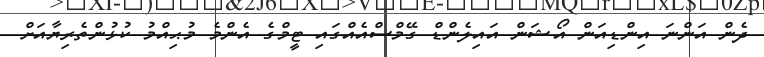
ދެން އަންނަ އިންޑިއަން އޯޝަން އައިލެންޑް ގޭމްސްއެއްގައި ޓީމްގެ އެންމެ މުޙިއްމު ކުޅުންތެރިޔާއަށް